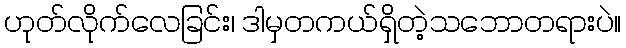
ဟုတ်လိုက်လေခြင်း၊ ဒါမှတကယ်ရှိတဲ့သဘောတရားပဲ။